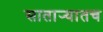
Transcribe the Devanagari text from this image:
सातार्‍यातच